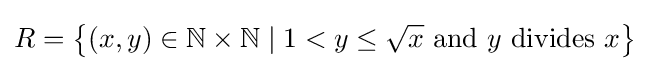
R=\left\{(x,y)\in \mathbb {N} \times \mathbb {N} \mid 1<y\leq {\sqrt {x}}{\text{ and }}y{\text{ divides }}x\right\}